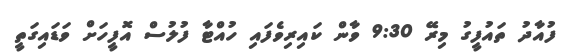
ފުއާދު ތައުފީގު މިރޭ 9:30 ވާން ކައިރިވެފައި ހުއްޓާ ފުލުސް އޮފީހަށް ވަޑައިގަތީ